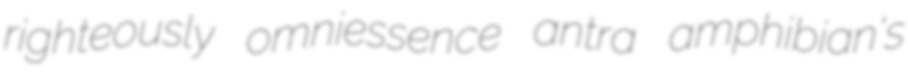
righteously omniessence antra amphibian's